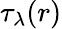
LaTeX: \tau_{\lambda}(r)